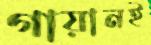
গায়ানই